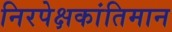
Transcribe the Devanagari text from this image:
निरपेक्षकांतिमान